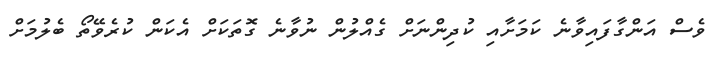
ވެސް އަންގާފައިވާނެ ކަމަށާއި ކުދިންނަށް ގެއްލުން ނުވާނެ ގޮތަކަށް އެކަން ކުރެވޭތޯ ބެލުމަށް